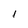
Character: I